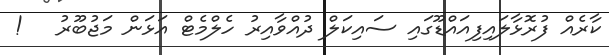
ކާރެއް ފުރޮޅާލައިފިއައްޑޫގައި ސައިކަލް ދުއްވާއިރު ހެލްމެޓް އަޅަން މަޖުބޫރު   !